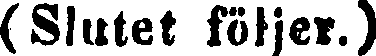
(Slutet följer.)